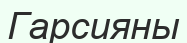
Гарсияны